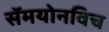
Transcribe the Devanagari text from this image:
सॅमयोनविच